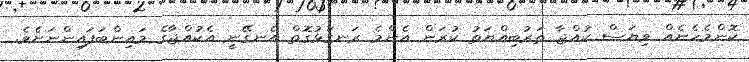
ކޮންމެހެނެއް ވިޔަސް ކުއްޖާ ތަރުބިއްޔަތު ކުރަން އެންމެ ރަނގަޅުގޮތް އެނގޭނީ އެކުއްޖާގެ މައިންބަފައިންނަށެވެ.